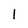
Character: 1